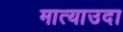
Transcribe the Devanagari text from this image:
मात्याउदा